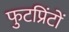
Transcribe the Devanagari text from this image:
फुटप्रिंटों